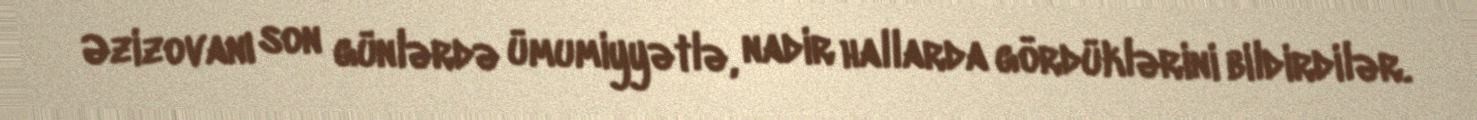
Əzizovanı son günlərdə ümumiyyətlə, nadir hallarda gördüklərini bildirdilər.